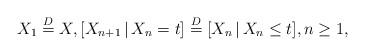
\begin{align*} X_1\stackrel{D}{=}X, [X_{n+1}\,|\,X_n=t]\stackrel{D}{=}[X_n\,|\,X_n\leq t],n\geq 1,\end{align*}